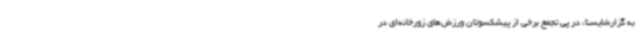
به گزارشایسنا، در پی تجمع برخی از پیشکسوتان ورزش‌های زورخانه‌ای در